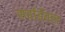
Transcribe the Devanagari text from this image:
सर्वाईवल